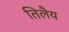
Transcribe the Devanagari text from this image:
तिलैय